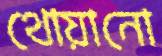
থোয়ানো